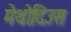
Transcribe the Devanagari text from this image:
मेथोदिउस